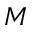
M